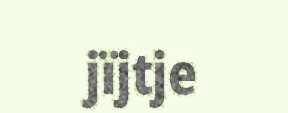
jïjtje